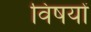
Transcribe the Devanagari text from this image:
विषयोंं